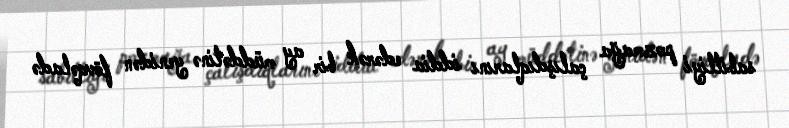
sabitliyi pozmağa çalışdıqlarını iddia edərək bir ay müddətinə yenidən fövqəladə